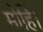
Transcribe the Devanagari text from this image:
मोहिं।